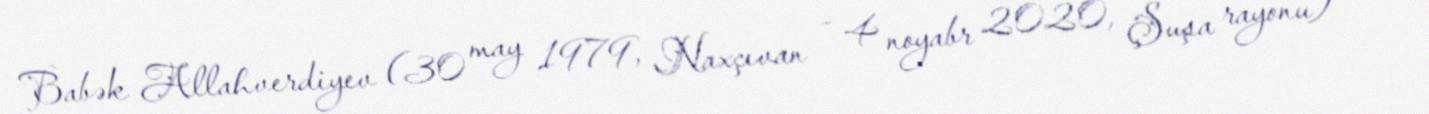
Babək Allahverdiyev (30 may 1979, Naxçıvan – 4 noyabr 2020, Şuşa rayonu) —